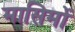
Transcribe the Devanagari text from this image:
मासिमों